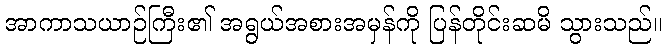
အာကာသယာဉ်ကြီး၏ အရွယ်အစားအမှန်ကို ပြန်တိုင်းဆမိ သွားသည်။